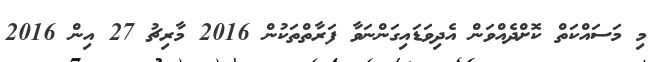
މި މަސައްކަތް ކޮށްދެއްވަން އެދިވަޑައިގަންނަވާ ފަރާތްތަކުން 2016 މާރިޗު 27 އިން 2016